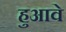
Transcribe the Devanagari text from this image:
हुआवे